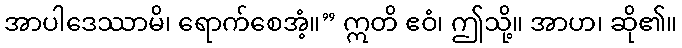
အာပါဒေဿာမိ၊ ရောက်စေအံ့။” ဣတိ ဧဝံ၊ ဤသို့။ အာဟ၊ ဆို၏။